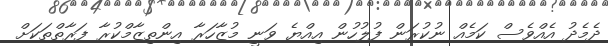
ދެމެދު އެއްވެސް ކަމެއް ނުކުރަން ފުލުހުން އިއްޔެ ވަނީ މުޒާހަރާ އިންތިޒާމްކުރާ ފަރާތްތަކަށް